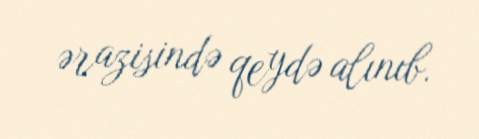
ərazisində qeydə alınıb.